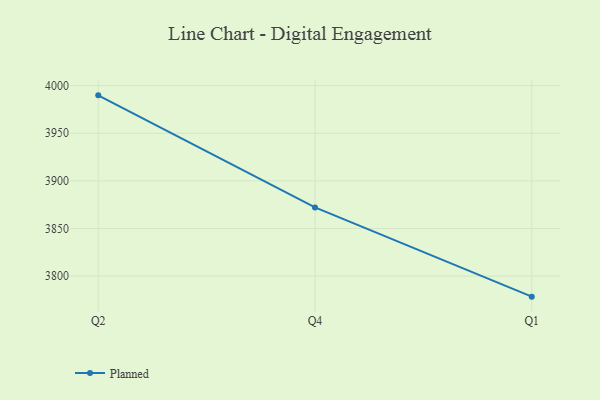
{"axis": {"x": "Quarter", "y": "Latency (ms)"}, "legend": ["Planned"], "data": [{"x": "Q2", "y": 3989.8, "type": "Planned"}, {"x": "Q4", "y": 3872.1, "type": "Planned"}, {"x": "Q1", "y": 3778.4, "type": "Planned"}]}